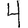
Digit: 4